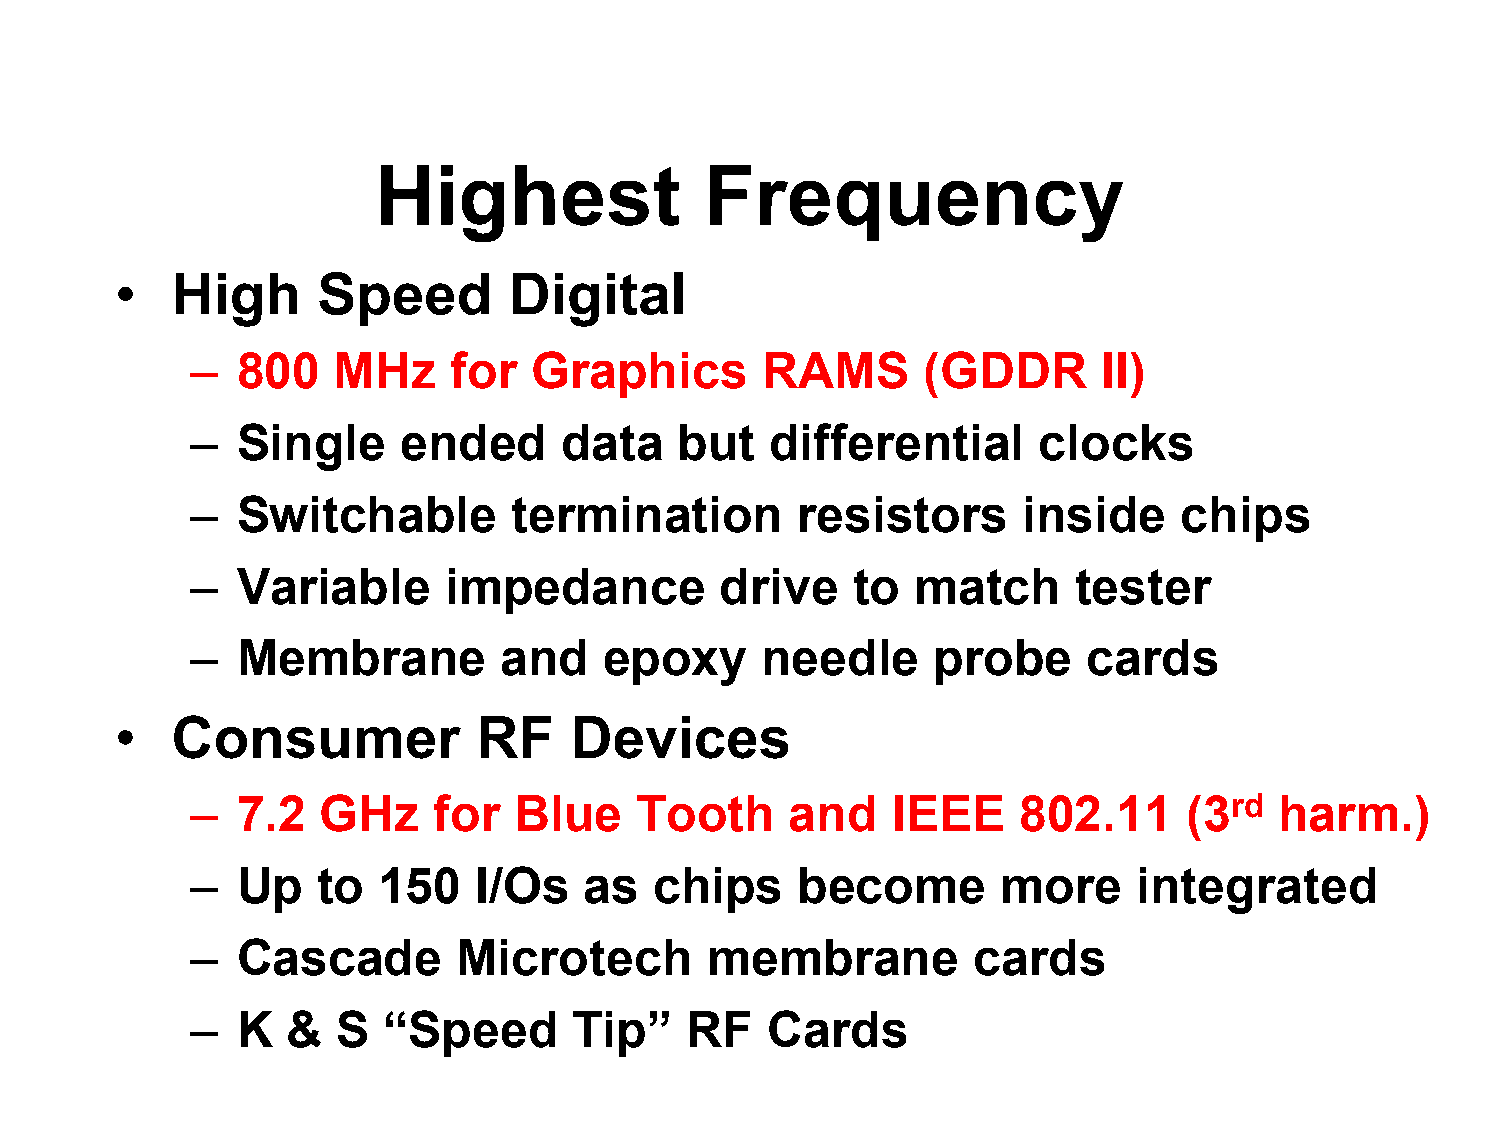
Highest               Frequency
 •  High      Speed        Digital
 –  800   MHz     for  Graphics       RAMS       (GDDR       II)
 –  Single     ended     data    but   differential      clocks
 –  Switchable        termination        resistors      inside    chips
 –  Variable     impedance          drive   to   match     tester
 –  Membrane         and    epoxy     needle      probe     cards
 •  Consumer             RF    Devices
 –  7.2  GHz     for  Blue    Tooth     and    IEEE    802.11      (3rd  harm.)
 –  Up   to  150   I/Os    as  chips     become       more     integrated
 –  Cascade       Microtech        membrane         cards
 –  K  &  S  “Speed       Tip”   RF    Cards